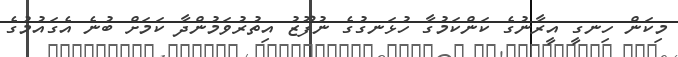
މިކަން ހިނގީ އީރާނުގެ ކަންކަމުގާ ހުޅަނގުގެ ނުފޫޒު އިތުރުވަމުންދާ ކަމަށް ބުނެ އެގައުމުގެ